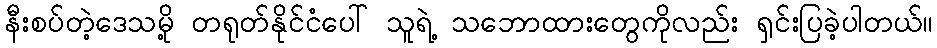
နီးစပ်တဲ့ဒေသမို့ တရုတ်နိုင်ငံပေါ် သူရဲ့ သဘောထားတွေကိုလည်း ရှင်းပြခဲ့ပါတယ်။